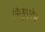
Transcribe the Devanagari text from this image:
फिगुएरेस